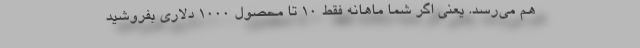
هم می‌رسد. یعنی اگر شما ماهانه فقط 10 تا محصول 1000 دلاری بفروشید